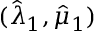
( \hat { \lambda } _ { 1 } , \hat { \mu } _ { 1 } )